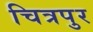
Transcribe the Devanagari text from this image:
चित्रपुर